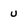
Character: U